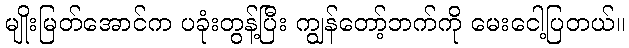
မျိုးမြတ်အောင်က ပခုံးတွန့်ပြီး ကျွန်တော့်ဘက်ကို မေးငေါ့ပြတယ်။